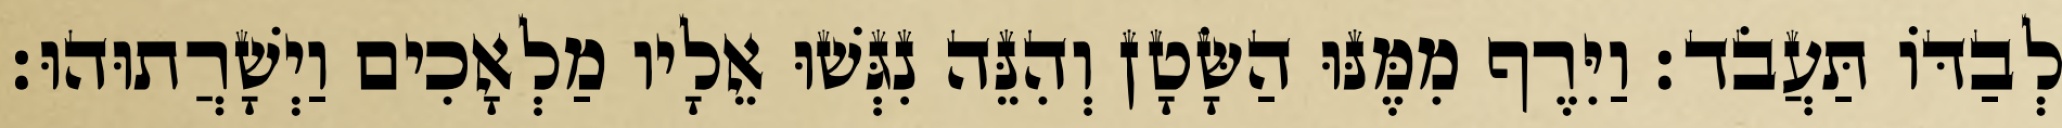
לְבַדּוֹ תַּעֲבֹד׃ וַיִּרֶף מִמֶּנּוּ הַשָּׂטָן וְהִנֵּה נִגְּשׁוּ אֵלָיו מַלְאָכִים וַיְשָׁרֲתוּהוּ׃